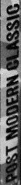
POST MODERN CLASSIC